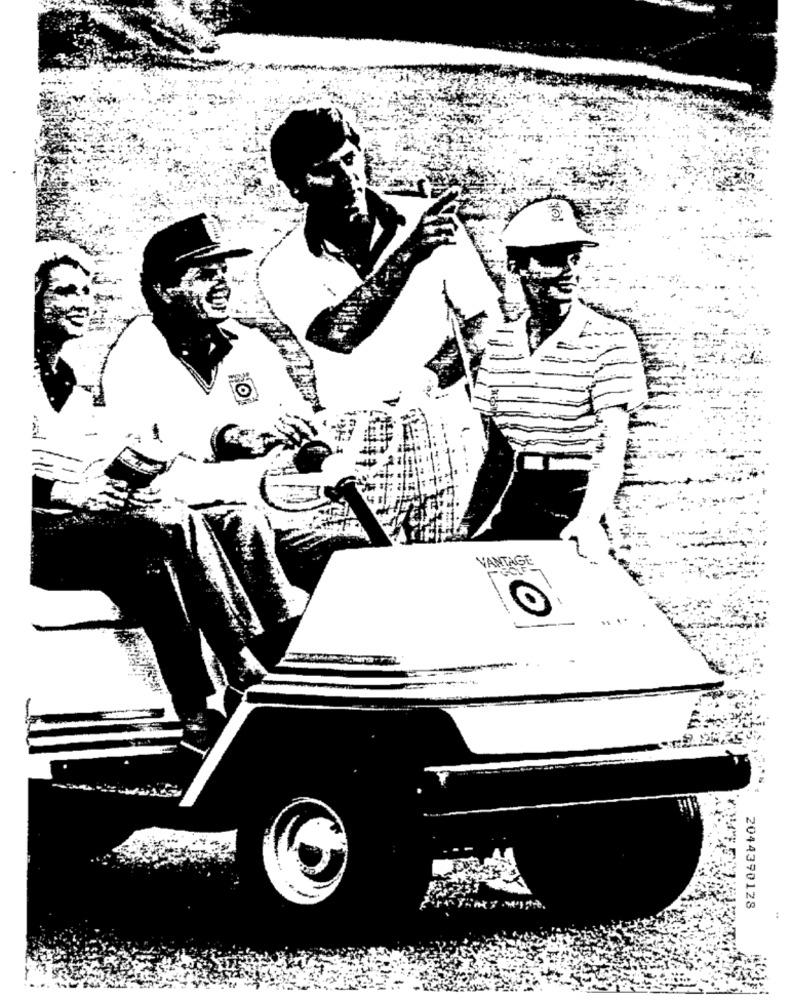
VANTAGE
O
2044390128